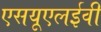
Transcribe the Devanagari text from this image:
एसयूएलईवी